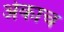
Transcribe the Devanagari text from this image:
अेकाच